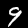
Digit: 9